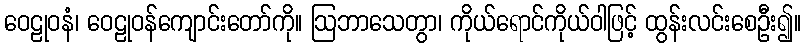
ဝေဠုဝနံ၊ ဝေဠုဝန်ကျောင်းတော်ကို။ ဩဘာသေတွာ၊ ကိုယ်ရောင်ကိုယ်ဝါဖြင့် ထွန်းလင်းစေဦး၍။